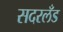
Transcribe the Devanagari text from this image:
सदरलँड